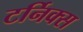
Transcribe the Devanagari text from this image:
टर्निक्स